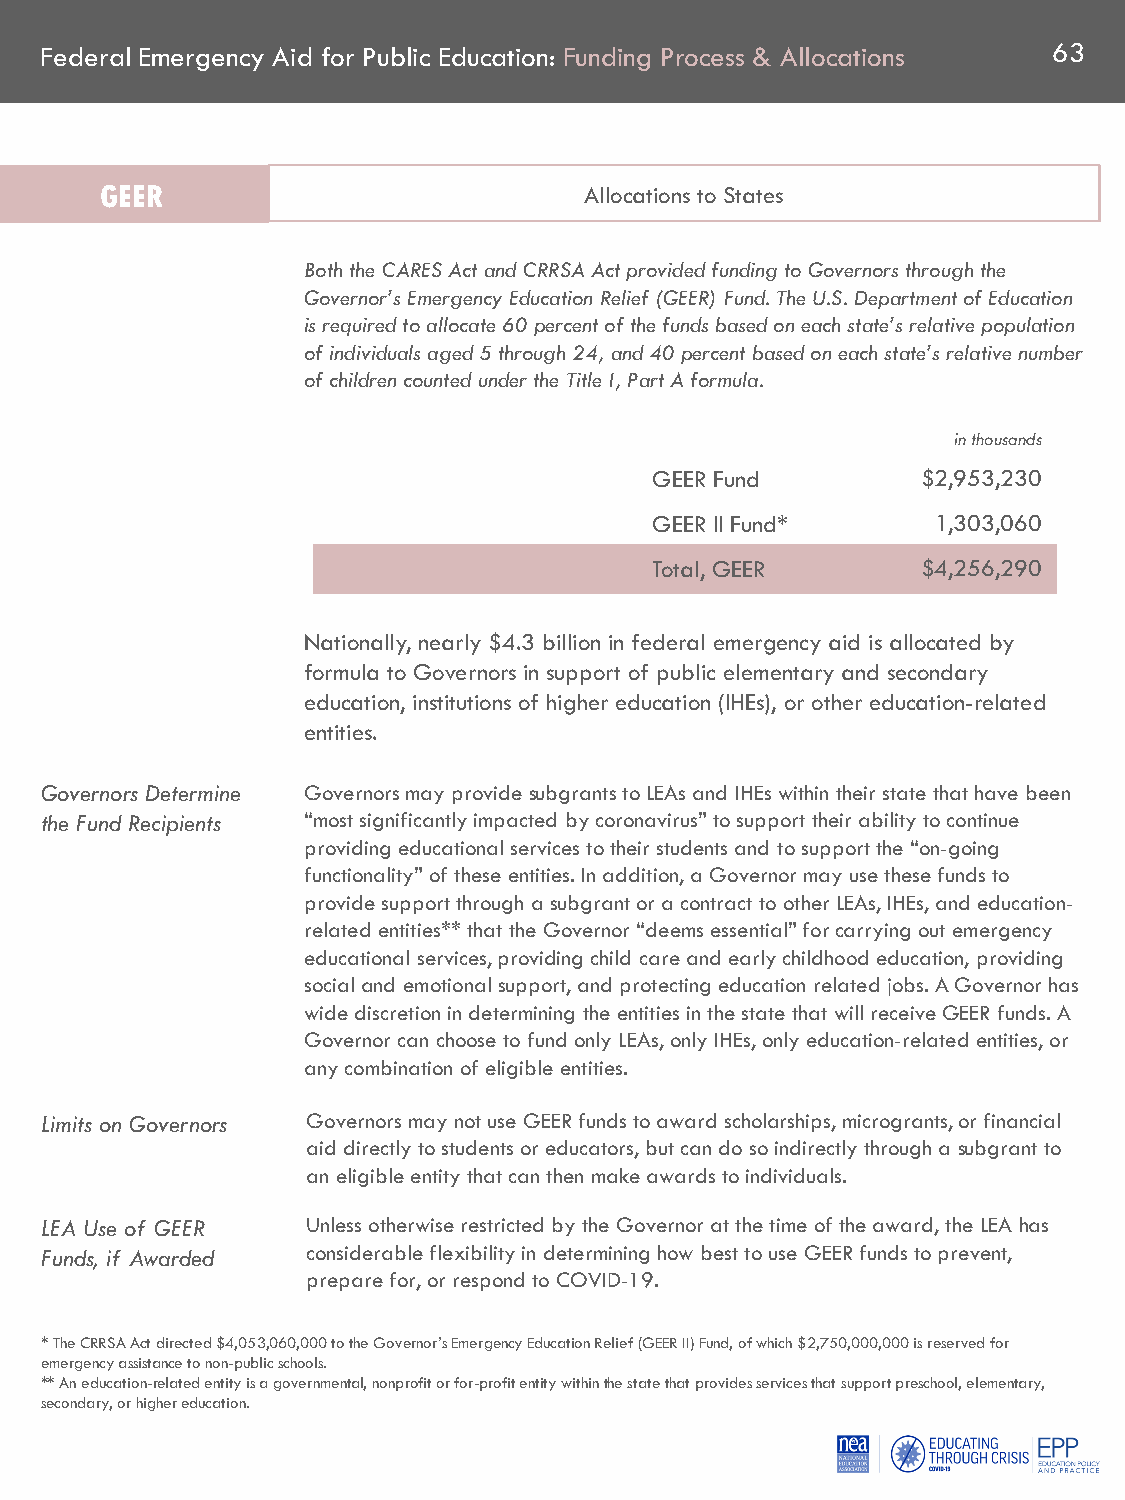
Federal Emergency Aid for Public Education: Funding Process & Allocations 63
 GEER                            Allocations to States
 Both the CARES Act and CRRSA Act provided funding to Governors through the
 Governor’s Emergency Education Relief (GEER) Fund. The U.S. Department of Education
 is required to allocate 60 percent of the funds based on each state’s relative population
 of individuals aged 5 through 24, and 40 percent based on each state’s relative number
 of children counted under the Title I, Part A formula.
 in thousands
 GEER Fund         $2,953,230
 GEER II Fund*      1,303,060
 Total, GEER       $4,256,290
 Nationally, nearly $4.3 billion in federal emergency aid is allocated by
 formula to Governors in support of public elementary and secondary
 education, institutions of higher education (IHEs), or other education-related
 entities.
 Governors Determine Governors may provide subgrantsto LEAs and IHEs within their state that have been
 the Fund Recipients “most significantly impacted by coronavirus” to support their ability to continue
 providing educational services to their students and to support the “on-going
 functionality” of these entities. In addition, a Governor may use these funds to
 provide support through a subgrant or a contract to other LEAs, IHEs, and education-
 related entities** that the Governor “deems essential” for carrying out emergency
 educational services, providing child care and early childhood education, providing
 social and emotional support, and protecting education related jobs. A Governor has
 wide discretion in determining the entities in the state that will receive GEER funds. A
 Governor can choose to fund only LEAs, only IHEs, only education-related entities, or
 any combination of eligible entities.
 Limits on Governors Governors may not use GEER funds to award scholarships, microgrants, or financial
 aid directly to students or educators, but can do so indirectly through a subgrant to
 an eligible entity that can then make awards to individuals.
 LEA Use of GEER  Unless otherwise restricted by the Governor at the time of the award, the LEA has
 Funds, if Awarded considerable flexibility in determining how best to use GEER funds to prevent,
 prepare for, or respond to COVID-19.
 * The CRRSA Act directed $4,053,060,000 to the Governor’s Emergency Education Relief (GEER II) Fund, of which $2,750,000,000 is reserved for
 emergency assistance to non-public schools.
 ** An education-related entity is a governmental, nonprofit or for-profit entity within the state that provides services that support preschool, elementary,
 secondary, or higher education.